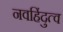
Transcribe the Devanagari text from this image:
नवहिंदुत्व